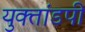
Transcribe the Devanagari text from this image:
युक्तांडपी